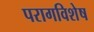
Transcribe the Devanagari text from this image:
परागविशेष